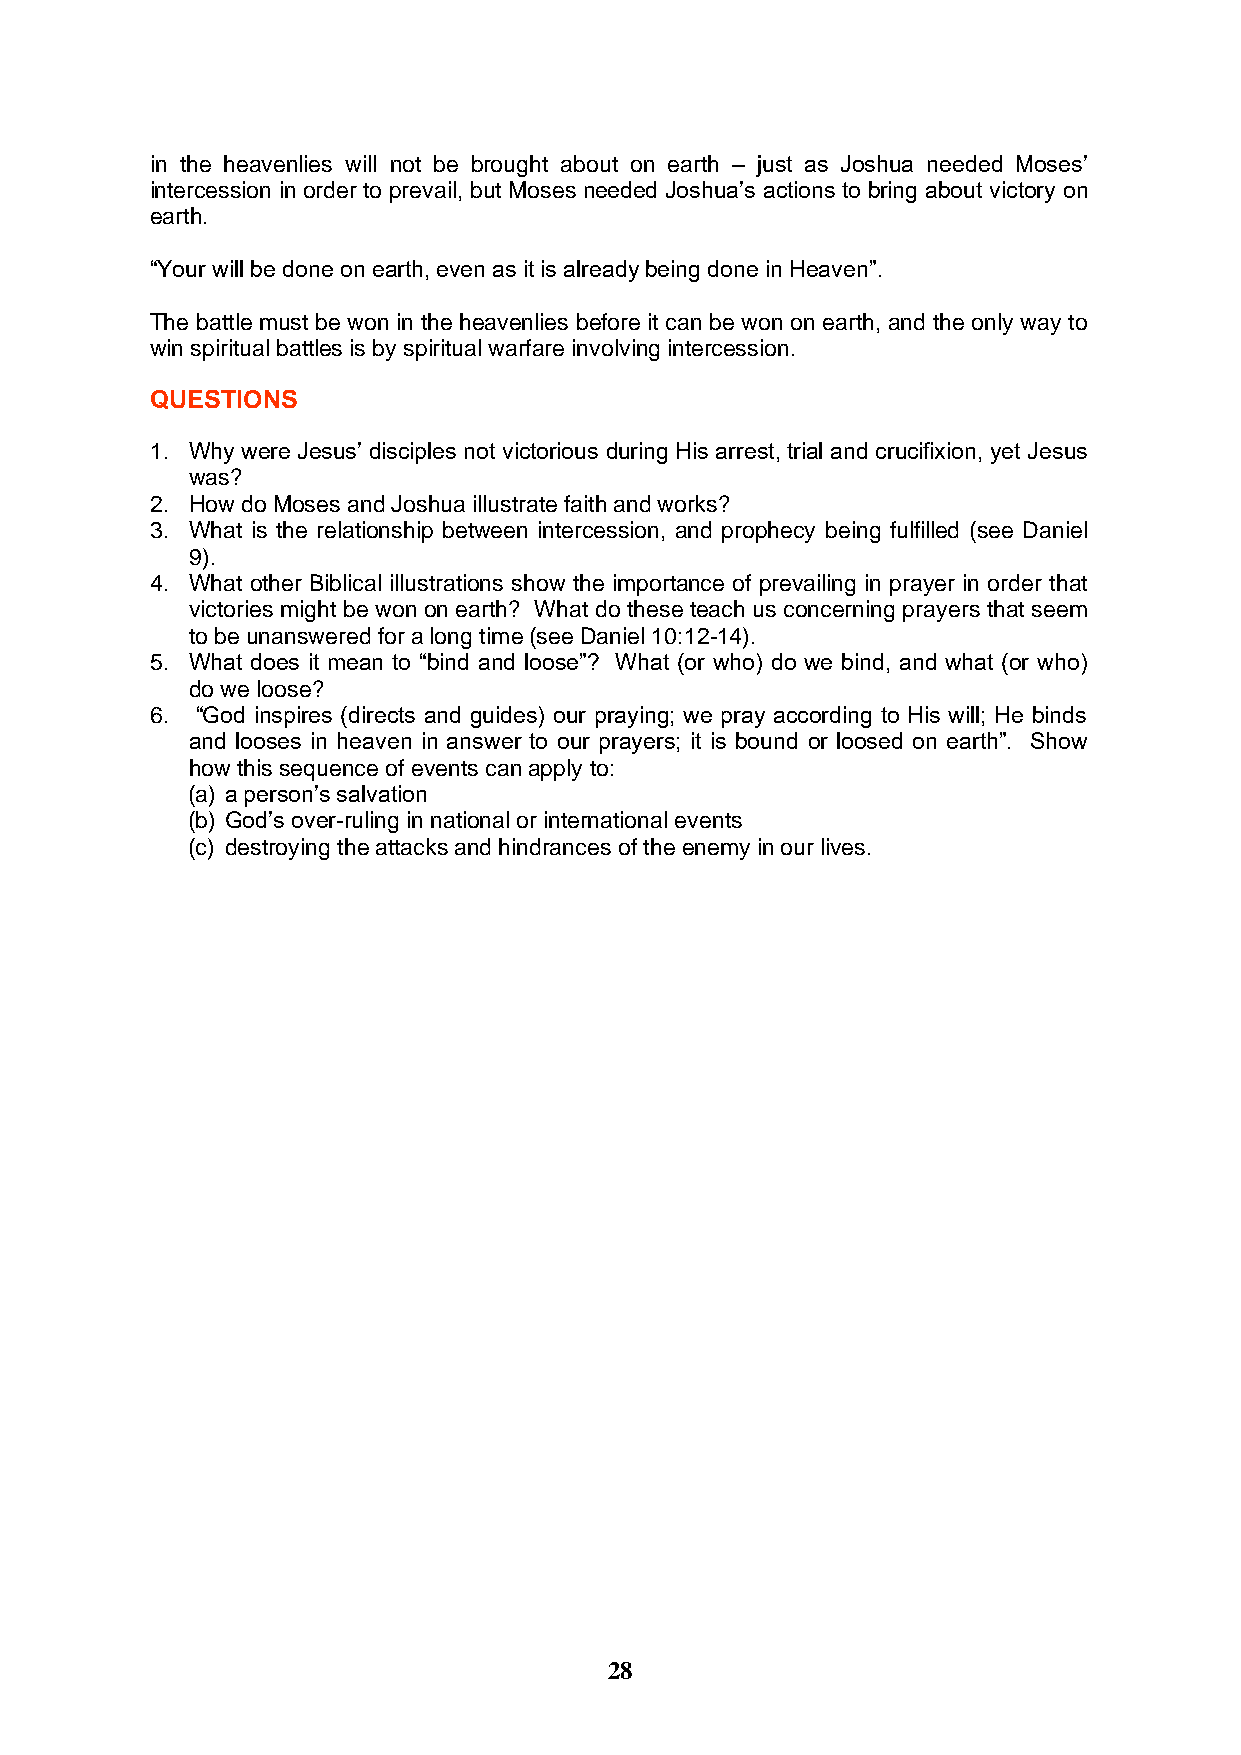
in the heavenlies will not be brought about on earth – just as Joshua needed Moses’
 intercession in order to prevail, but Moses needed Joshua’s actions to bring about victory on
 earth.
 “Your will be done on earth, even as it is already being done in Heaven”.
 The battle must be won in the heavenlies before it can be won on earth, and the only way to
 win spiritual battles is by spiritual warfare involving intercession.
 QUESTIONS
 1. Why were Jesus’ disciples not victorious during His arrest, trial and crucifixion, yet Jesus
 was?
 2. How do Moses and Joshua illustrate faith and works?
 3. What is the relationship between intercession, and prophecy being fulfilled (see Daniel
 9).
 4. What other Biblical illustrations show the importance of prevailing in prayer in order that
 victories might be won on earth? What do these teach us concerning prayers that seem
 to be unanswered for a long time (see Daniel 10:12-14).
 5. What does it mean to “bind and loose”? What (or who) do we bind, and what (or who)
 do we loose?
 6. “God inspires (directs and guides) our praying; we pray according to His will; He binds
 and looses in heaven in answer to our prayers; it is bound or loosed on earth”. Show
 how this sequence of events can apply to:
 (a) a person’s salvation
 (b) God’s over-ruling in national or international events
 (c) destroying the attacks and hindrances of the enemy in our lives.
 28